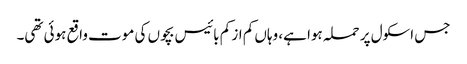
جس اسکول پر حملہ ہوا ہے، وہاں کم از کم بائیس بچوں کی موت واقع ہوئی تھی۔